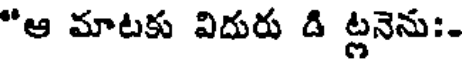
"ఆ మాటకు విదురు డి ట్లనెను:-